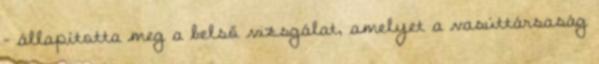
– állapította meg a belső vizsgálat, amelyet a vasúttársaság